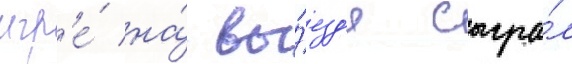
игр'е́ на́ вы́езд'е сыгра́л